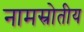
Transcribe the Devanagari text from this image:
नामस्रोतीय